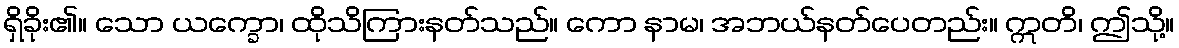
ရှိခိုး၏။ သော ယက္ခော၊ ထိုသိကြားနတ်သည်။ ကော နာမ၊ အဘယ်နတ်ပေတည်း။ ဣတိ၊ ဤသို့။